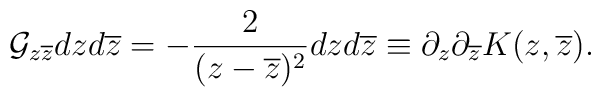
{\cal G}_{z\overline z}dzd\overline z=-\frac{2}{(z-\overline z)^2}dzd\overline z\equiv\partial_z\partial_{\overline z}K(z,\overline z).